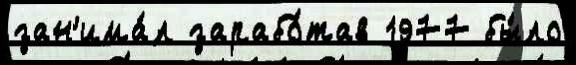
зан'има́л зарабо́тав 1977 бы́ло